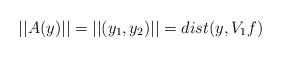
\begin{align*}||A(y)||=||(y_1,y_2)||=dist(y,V_1f)\end{align*}